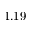
1 . 1 9